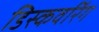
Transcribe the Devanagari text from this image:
डिस्कवरिंग